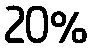
20%